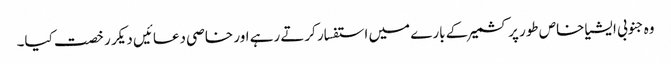
وہ جنوبی ایشیا خاص طور پر کشمیر کے بارے میں استفسار کرتے رہے اور خاصی دعائیں دیکر رخصت کیا۔